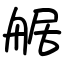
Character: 艍